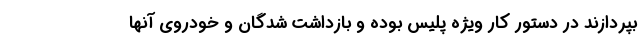
بپردازند در دستور کار ویژه پلیس بوده و بازداشت شدگان و خودروی آنها